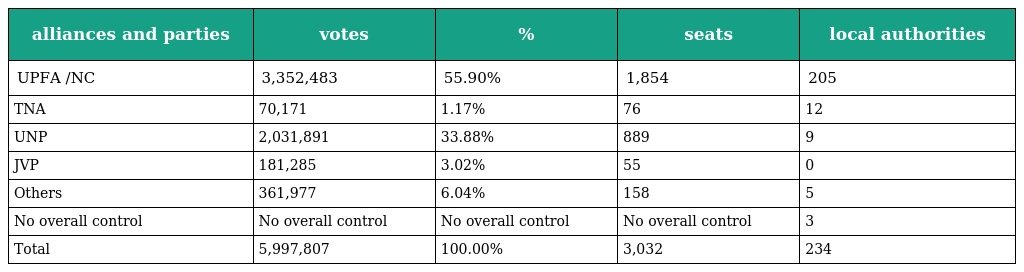
| alliances and parties | votes | % | seats | local authorities |
 | --- | --- | --- | --- | --- |
 | UPFA /NC | 3,352,483 | 55.90% | 1,854 | 205 |
 | TNA | 70,171 | 1.17% | 76 | 12 |
 | UNP | 2,031,891 | 33.88% | 889 | 9 |
 | JVP | 181,285 | 3.02% | 55 | 0 |
 | Others | 361,977 | 6.04% | 158 | 5 |
 | No overall control | No overall control | No overall control | No overall control | 3 |
 | Total | 5,997,807 | 100.00% | 3,032 | 234 |